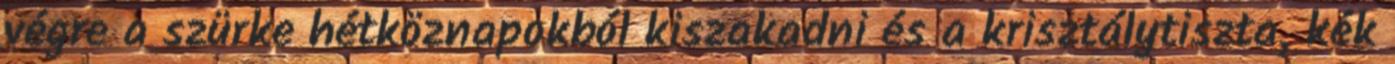
végre a szürke hétköznapokból kiszakadni és a krisztálytiszta, kék